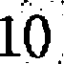
10